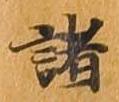
諸